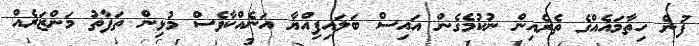
ފުން ހިތާމައެއްގެ ތެރެއިން ނުކުމެގެން އައިސް ބަލައިފިއްޔާ އަނެއްކާވެސް މުޅިން ތަފާތު މަންޒަރެއް